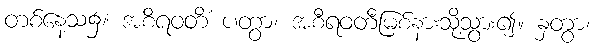
တစ်နေ့သ၌။ အစိရဝတိံ ပတွာ၊ အစီရဝတီမြစ်နားသို့သွား၍။ နှတွာ၊